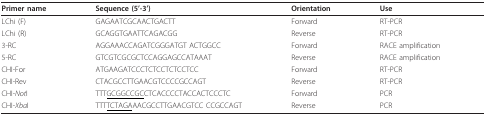
<table><thead><tr><td><b>Primer name</b></td><td><b>Sequence (5&#x27;-3&#x27;)</b></td><td><b>Orientation</b></td><td><b>Use</b></td></tr></thead><tbody><tr><td>LChi (F)</td><td>GAGAATCGCAACTGACTT</td><td>Forward</td><td>RT-PCR</td></tr><tr><td>LChi (R)</td><td>GCAGGTGAATTCAGACGG</td><td>Reverse</td><td>RT-PCR</td></tr><tr><td>3-RC</td><td>AGGAAACCAGATCGGGATGT ACTGGCC</td><td>Forward</td><td>RACE amplification</td></tr><tr><td>5-RC</td><td>GTCGTCGCGCTCCAGGAGCCATAAAT</td><td>Reverse</td><td>RACE amplification</td></tr><tr><td>CHI-For</td><td>ATGAAGATCCCTCTCCTCTCCTCC</td><td>Forward</td><td>RT-PCR</td></tr><tr><td>CHI-Rev</td><td>CTACGCCTTGAACGTCCCCGCCAGT</td><td>Reverse</td><td>RT-PCR</td></tr><tr><td>CHI-<i>Not</i>I</td><td>TTT<underline>GCGGCCGC</underline>CTCACCCCTACCACTCCCTC</td><td>Forward</td><td>PCR</td></tr><tr><td>CHI-<i>Xba</i>I</td><td>TTT<underline>TCTAGA</underline>AACGCCTTGAACGTCC CCGCCAGT</td><td>Reverse</td><td>PCR</td></tr></tbody></table>